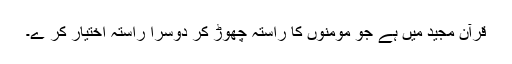
قرآن مجید میں ہے جو مومنوں کا راستہ چھوڑ کر دوسرا راستہ اختیار کر ے۔